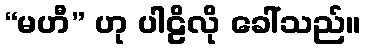
“မဟီ” ဟု ပါဠိလို ခေါ်သည်။